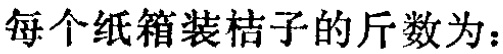
每个纸箱装桔子的斤数为：